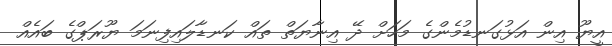
އީޔޫ އިން އަޅުގަނޑުމެންގެ މަހަށް ދޭ އިނާޔަތް ތައް ކަނޑާލައިފިނަމަ ޔޫރަޕްގެ ބައެއް